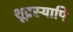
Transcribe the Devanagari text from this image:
शूद्रस्यापि